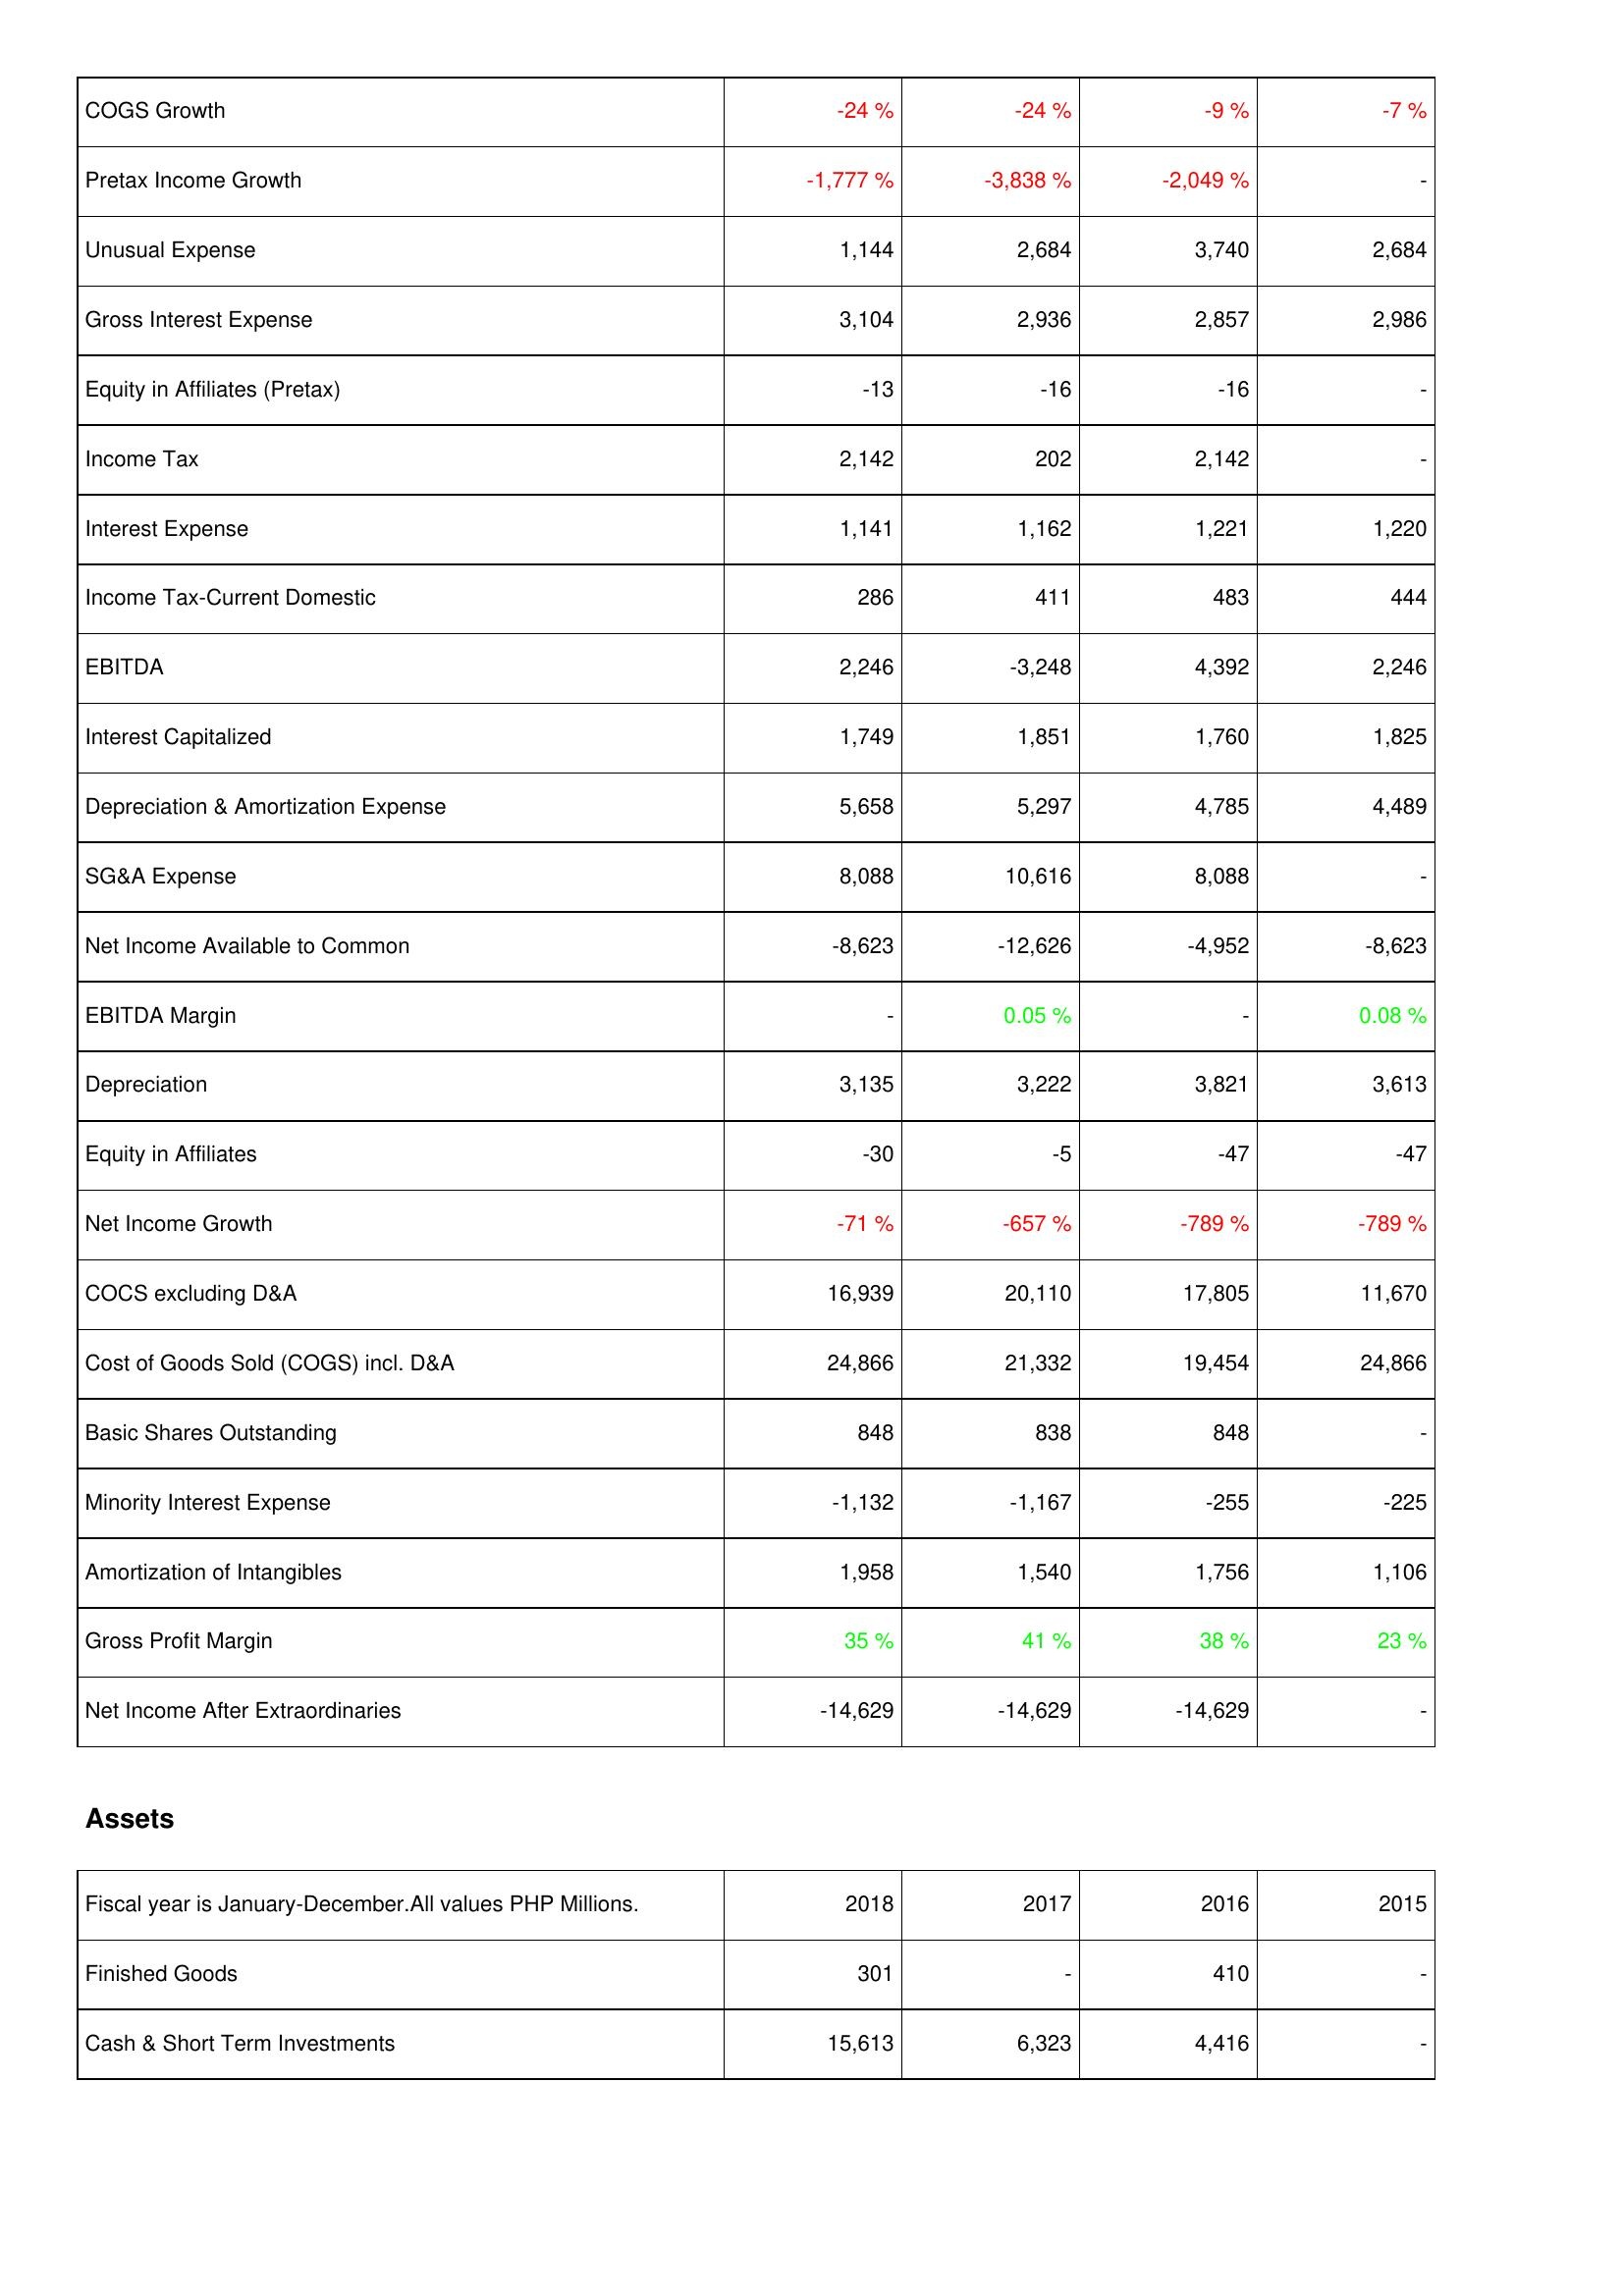
2018: Income Statement: COGS Growth: -24 %
Pretax Income Growth: -1,777 %
Unusual Expense: 1,144
Gross Interest Expense: 3,104
Equity in Affiliates (Pretax): -13
Income Tax: 2,142
Interest Expense: 1,141
Income Tax-Current Domestic: 286
EBITDA: 2,246
Interest Capitalized: 1,749
Depreciation & Amortization Expense: 5,658
SG&A Expense: 8,088
Net Income Available to Common: -8,623
EBITDA Margin: -
Depreciation: 3,135
Equity in Affiliates: -30
Net Income Growth: -71 %
COCS excluding D&A: 16,939
Cost of Goods Sold (COGS) incl. D&A: 24,866
Basic Shares Outstanding: 848
Minority Interest Expense: -1,132
Amortization of Intangibles: 1,958
Gross Profit Margin: 35 %
Net Income After Extraordinaries: -14,629
Assets: Finished Goods: 301
Cash & Short Term Investments: 15,613
2017: Income Statement: COGS Growth: -24 %
Pretax Income Growth: -3,838 %
Unusual Expense: 2,684
Gross Interest Expense: 2,936
Equity in Affiliates (Pretax): -16
Income Tax: 202
Interest Expense: 1,162
Income Tax-Current Domestic: 411
EBITDA: -3,248
Interest Capitalized: 1,851
Depreciation & Amortization Expense: 5,297
SG&A Expense: 10,616
Net Income Available to Common: -12,626
EBITDA Margin: 0.05 %
Depreciation: 3,222
Equity in Affiliates: -5
Net Income Growth: -657 %
COCS excluding D&A: 20,110
Cost of Goods Sold (COGS) incl. D&A: 21,332
Basic Shares Outstanding: 838
Minority Interest Expense: -1,167
Amortization of Intangibles: 1,540
Gross Profit Margin: 41 %
Net Income After Extraordinaries: -14,629
Assets: Finished Goods: -
Cash & Short Term Investments: 6,323
2016: Income Statement: COGS Growth: -9 %
Pretax Income Growth: -2,049 %
Unusual Expense: 3,740
Gross Interest Expense: 2,857
Equity in Affiliates (Pretax): -16
Income Tax: 2,142
Interest Expense: 1,221
Income Tax-Current Domestic: 483
EBITDA: 4,392
Interest Capitalized: 1,760
Depreciation & Amortization Expense: 4,785
SG&A Expense: 8,088
Net Income Available to Common: -4,952
EBITDA Margin: -
Depreciation: 3,821
Equity in Affiliates: -47
Net Income Growth: -789 %
COCS excluding D&A: 17,805
Cost of Goods Sold (COGS) incl. D&A: 19,454
Basic Shares Outstanding: 848
Minority Interest Expense: -255
Amortization of Intangibles: 1,756
Gross Profit Margin: 38 %
Net Income After Extraordinaries: -14,629
Assets: Finished Goods: 410
Cash & Short Term Investments: 4,416
2015: Income Statement: COGS Growth: -7 %
Pretax Income Growth: -
Unusual Expense: 2,684
Gross Interest Expense: 2,986
Equity in Affiliates (Pretax): -
Income Tax: -
Interest Expense: 1,220
Income Tax-Current Domestic: 444
EBITDA: 2,246
Interest Capitalized: 1,825
Depreciation & Amortization Expense: 4,489
SG&A Expense: -
Net Income Available to Common: -8,623
EBITDA Margin: 0.08 %
Depreciation: 3,613
Equity in Affiliates: -47
Net Income Growth: -789 %
COCS excluding D&A: 11,670
Cost of Goods Sold (COGS) incl. D&A: 24,866
Basic Shares Outstanding: -
Minority Interest Expense: -225
Amortization of Intangibles: 1,106
Gross Profit Margin: 23 %
Net Income After Extraordinaries: -
Assets: Finished Goods: -
Cash & Short Term Investments: -